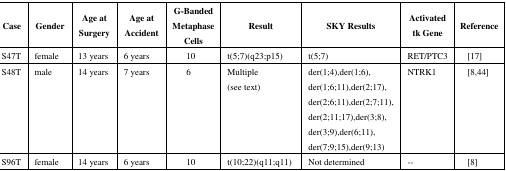
<table><thead><tr><td><b>Case</b></td><td><b>Gender</b></td><td><b>Age at Surgery</b></td><td><b>Age at Accident</b></td><td><b>G-Banded Metaphase Cells</b></td><td><b>Result</b></td><td><b>SKY Results</b></td><td><b>Activated tk Gene</b></td><td><b>Reference</b></td></tr></thead><tbody><tr><td>S47T</td><td>female</td><td>13 years</td><td>6 years</td><td>10</td><td>t(5;7)(q23;p15)</td><td>t(5;7)</td><td>RET/PTC3</td><td>[17]</td></tr><tr><td>S48T</td><td>male</td><td>14 years</td><td>7 years</td><td>6</td><td>Multiple (see text)</td><td>der(1;4),der(1;6),der(1;6;11),der(2;17),der(2;6;11),der(2;7;11),der(2;11;17),der(3;8),der(3;9),der(6;11),der(7;9;15),der(9;13)</td><td>NTRK1</td><td>[8,44]</td></tr><tr><td>S96T</td><td>female</td><td>14 years</td><td>6 years</td><td>10</td><td>t(10;22)(q11;q11)</td><td>Not determined</td><td>--</td><td>[8]</td></tr></tbody></table>